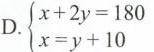
D.$$\left\{ \begin{matrix} x+2y=180 \\ x=y+10 \\ \end{matrix} \right.$$